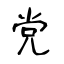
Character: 党